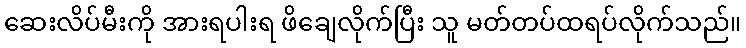
ဆေးလိပ်မီးကို အားရပါးရ ဖိချေလိုက်ပြီး သူ မတ်တပ်ထရပ်လိုက်သည်။